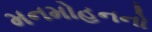
મનમોહનનો